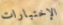
الإختبارات